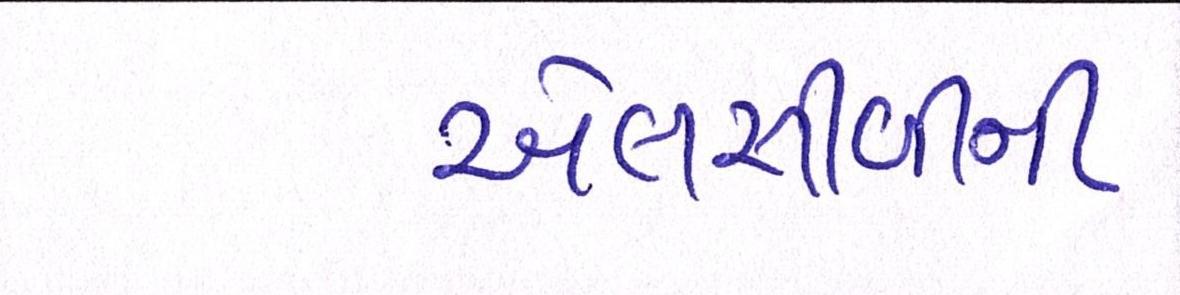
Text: એલસીબીની